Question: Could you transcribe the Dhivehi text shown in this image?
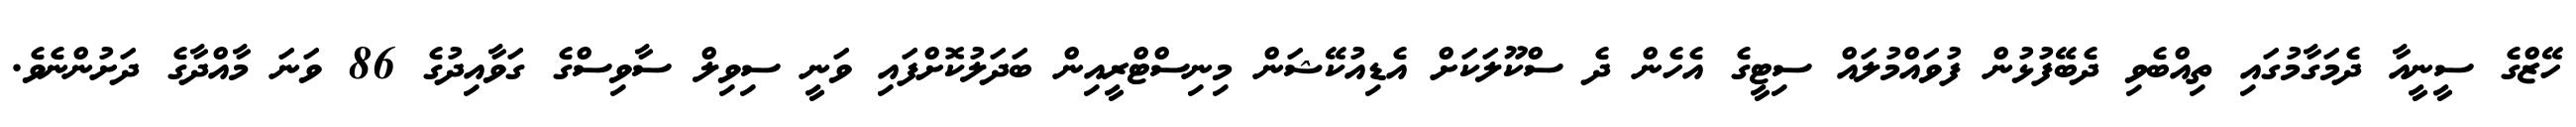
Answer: ހޭޒްގެ ސީނީއާ ދެމަގާމުގައި ތިއްބެވި ދެބޭފުޅުން ފުވައްމުލައް ސިޓީގެ އެހެން ދެ ސްކޫލަކަށް އެޑިއުކޭޝަން މިނިސްޓްރީއިން ބަދަލުކޮށްފައި ވަނީ ސިވިލް ސާވިސްގެ ގަވާއިދުގެ 86 ވަނަ މާއްދާގެ ދަށުންނެވެ.